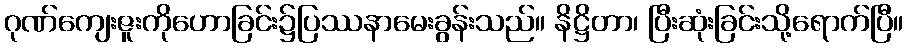
ဂုဏ်ကျေးဇူးကိုဟောခြင်း၌ပြဿနာမေးခွန်းသည်။ နိဋ္ဌိတာ၊ ပြီးဆုံးခြင်းသို့ရောက်ပြီ။